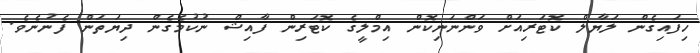
ހިފައިގެން ލަޔާލް ކޮޓަރިއަށް ވަންނަނިކޮން އިމްލީގެ ކޮޓަރިން ފާއިޝް ނުކުމެގެން ދިޔަތަން ފެނުނެވެ.